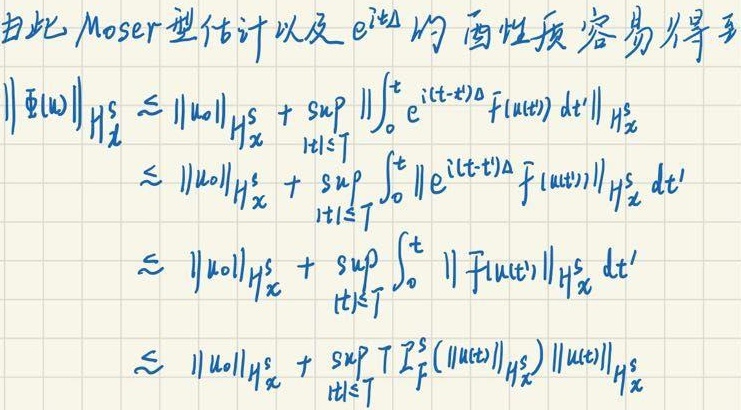
由此 Moser 型估计以及 \(e^{it\Delta}\) 的酉性质容易得到
\[\begin{align*}
\|\Phi(u)\|_{H_{x}^{s}} &\lesssim \|u_0\|_{H_{x}^{s}}+\sup_{|t|\leq T}\left\|\int_{0}^{t}e^{i(t - t')\Delta}F(u(t'))dt'\right\|_{H_{x}^{s}}\\
&\lesssim \|u_0\|_{H_{x}^{s}}+\sup_{|t|\leq T}\int_{0}^{t}\left\|e^{i(t - t')\Delta}F(u(t'))\right\|_{H_{x}^{s}}dt'\\
&\lesssim \|u_0\|_{H_{x}^{s}}+\sup_{|t|\leq T}\int_{0}^{t}\|F(u(t'))\|_{H_{x}^{s}}dt'\\
&\lesssim \|u_0\|_{H_{x}^{s}}+\sup_{|t|\leq T}T P_{F}^{s}(\|u(t')\|_{H_{x}^{s}})\|u(t')\|_{H_{x}^{s}}
\end{align*}\]